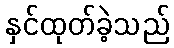
နှင်ထုတ်ခဲ့သည်